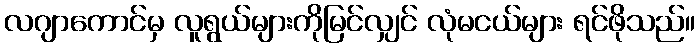
လဂျာကောင်မှ လူရွယ်များကိုမြင်လျှင် လုံမငယ်များ ရင်ဖိုသည်။